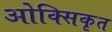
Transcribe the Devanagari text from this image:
ओक्सिकृत